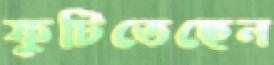
ফুটিতেছেন